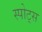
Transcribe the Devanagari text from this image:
स्‍पोट्स